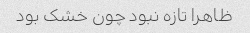
ظاهرا تازه نبود چون خشک بود